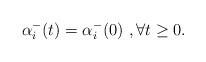
LaTeX: \begin{align*}\alpha_i^-(t)=\alpha_i^-(0) \ , \forall t \ge 0.\end{align*}